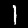
Digit: 1